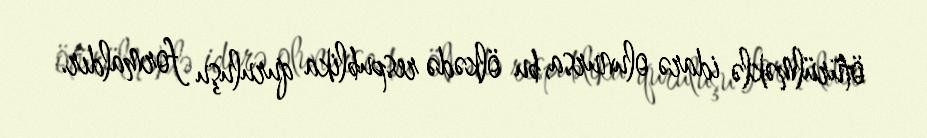
ötürülməklə idarə olunursa, bu ölkədə respublika quruluşu formaldır.